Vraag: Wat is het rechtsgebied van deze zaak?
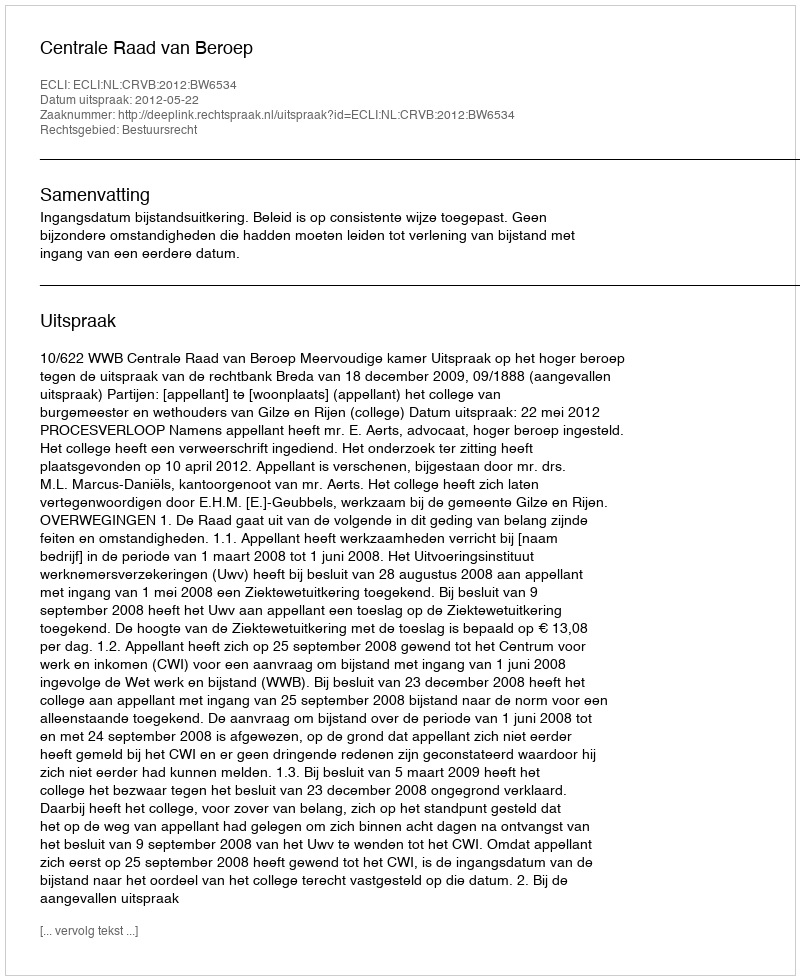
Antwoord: Bestuursrecht